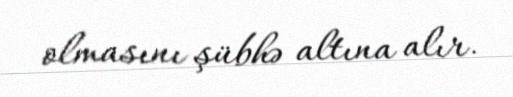
olmasını şübhə altına alır.